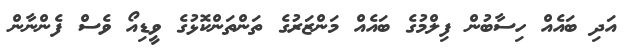
އަދި ބައެއް ހިސާބުން ފިލްމުގެ ބައެއް މަންޒަރުގެ ތަންތަންކޮޅުގެ ވީޑިއޯ ވެސް ފެންނާން